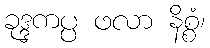
ခုဒ္ဒကပ္ပ ဖလာ နိစ္စံ၊